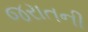
જરાતની